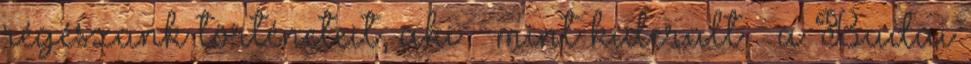
régészünk történeteit, aki – mint kiderült – a Budai